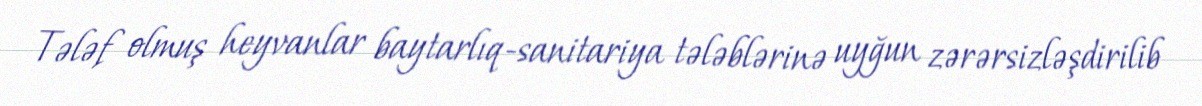
Tələf olmuş heyvanlar baytarlıq-sanitariya tələblərinə uyğun zərərsizləşdirilib